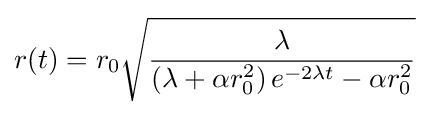
r(t)=r_{0}{\sqrt {\frac {\lambda }{\left(\lambda +\alpha r_{0}^{2}\right)e^{-2\lambda t}-\alpha r_{0}^{2}}}}